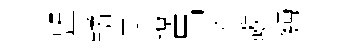
盟鐍果遼吊济歜麪